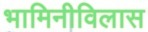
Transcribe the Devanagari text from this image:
भामिनीविलास